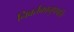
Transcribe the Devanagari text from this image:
निवर्तकानुपपत्ति